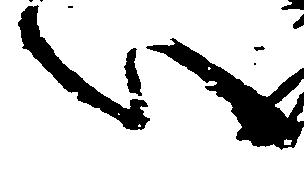
い